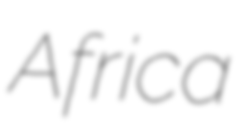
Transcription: Africa